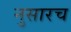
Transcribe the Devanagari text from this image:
नुसारच